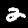
Label: 2